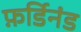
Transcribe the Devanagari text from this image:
फ़र्डिनंड